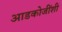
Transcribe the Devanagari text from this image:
आडकोजींशी